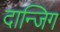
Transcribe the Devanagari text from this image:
दान्जिग